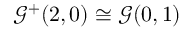
{ \mathcal { G } } ^ { + } ( 2 , 0 ) \cong { \mathcal { G } } ( 0 , 1 )